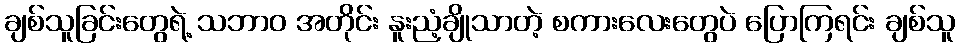
ချစ်သူခြင်းတွေရဲ့ သဘာဝ အတိုင်း နူးညံ့ချိုသာတဲ့ စကားလေးတွေပဲ ပြောကြရင်း ချစ်သူ